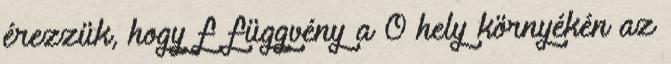
érezzük, hogy f függvény a 0 hely környékén az